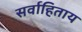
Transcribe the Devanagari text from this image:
सर्वाहिताय